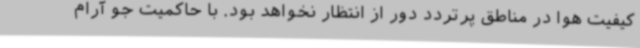
کیفیت هوا در مناطق پرتردد دور از انتظار نخواهد بود. با حاکمیت جو آرام